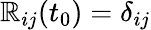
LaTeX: \mathbb{R}_{ij}(t_{0})=\delta_{ij}